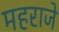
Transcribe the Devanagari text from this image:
महराजे